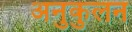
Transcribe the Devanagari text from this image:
अनुकुलन